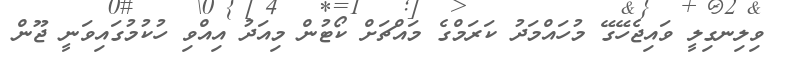
ވިލިނގިލީ ވައިޖެހޭގޭ މުހައްމަދު ކަރަމްގެ މައްޗަށް ކޯޓުން މިއަދު އިއްވި ހުކުމުގައިވަނީ ޖޫން